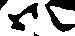
御